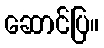
ဆောင်ပြ။